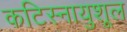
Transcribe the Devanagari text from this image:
कटिस्नायुशूल